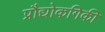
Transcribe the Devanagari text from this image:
प्रौद्योकगिकी